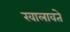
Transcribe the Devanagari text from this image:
खालावते